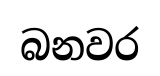
බනවර